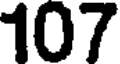
107